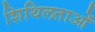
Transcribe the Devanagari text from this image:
शिथिलताओं